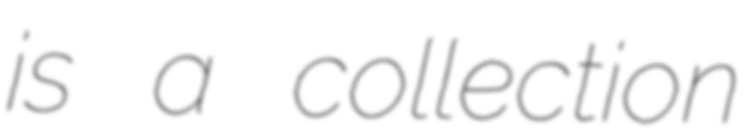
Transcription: is a collection